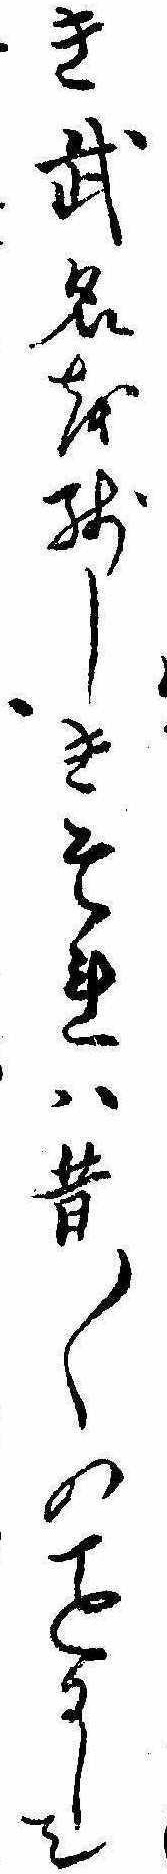
き武名を残しきそれは昔〱のにして